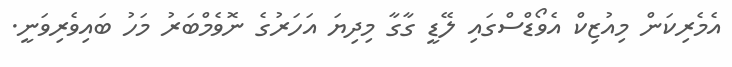
އެމެރިކަން މިއުޒިކް އެވޯޑްސްގައި ލޭޑީ ގާގާ މިދިޔަ އަހަރުގެ ނޮވެމްބަރު މަހު ބައިވެރިވަނީ.